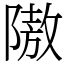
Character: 隞